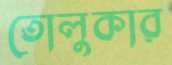
তোলুকার